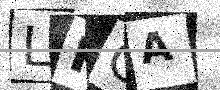
Text: LKOA